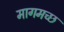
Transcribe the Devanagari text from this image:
मागमच्छ